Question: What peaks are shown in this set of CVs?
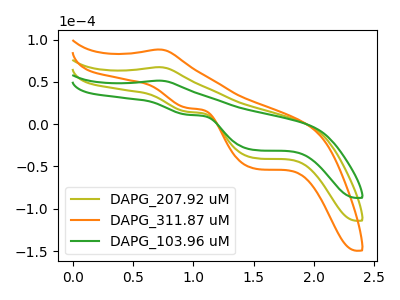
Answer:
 <answer>The olive curve "DAPG_207.92 uM" has an anodic peak at (0.70V, 67.35uA) and cathodic peaks at (0.95V, 14.50uA) (1.50V, -40.25uA). The orange curve "DAPG_311.87 uM" has an anodic peak at (0.70V, 134.70uA) and cathodic peaks at (0.95V, 29.05uA) (1.50V, -80.50uA). The green curve "DAPG_103.96 uM" has an anodic peak at (0.70V, 51.40uA) and cathodic peaks at (0.95V, 11.10uA) (1.50V, -30.75uA).</answer>
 <eval></eval>